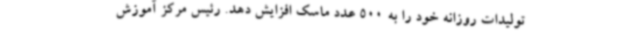
تولیدات روزانه خود را به 500 عدد ماسک افزایش دهد. رئیس مرکز آموزش